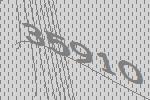
35910